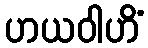
ဟယဝါဟိံ